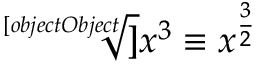
\overset { } { \underset { } { { \sqrt [ [object Object] ] { x ^ { 3 } } } \equiv x ^ { \frac { 3 } { 2 } } } }